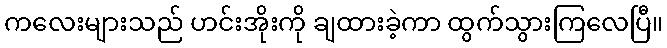
ကလေးများသည် ဟင်းအိုးကို ချထားခဲ့ကာ ထွက်သွားကြလေပြီ။